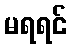
မရရင်